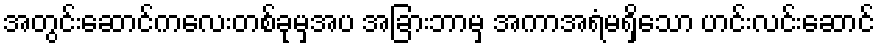
အတွင်းဆောင်ကလေးတစ်ခုမှအပ အခြားဘာမှ အကာအရံမရှိသော ဟင်းလင်းဆောင်